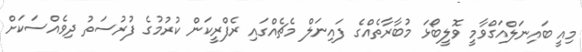
މިއީ ބައިނަލްއަގްވާމީ ވޮލީބޯޅަ މުބާރާތެއްގެ ފައިނަލް މެޗެއްގައި ރެފްރީކަން ކުރުމުގެ ފުރުސަތު ދިވެއްސަކަށް